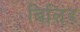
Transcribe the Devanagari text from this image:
बिलिंद